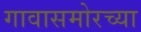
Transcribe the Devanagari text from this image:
गावासमोरच्या